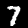
Digit: 7